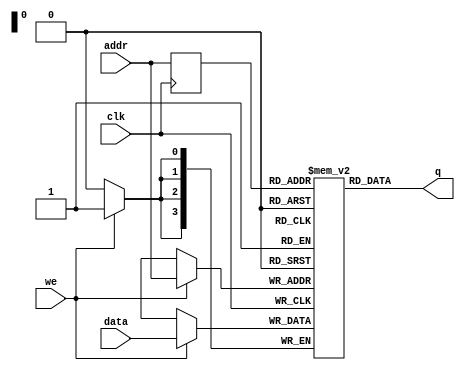
//------------------------------------------------------------------
// Arquivo   : sync_ram_16x4_file.v
// Projeto   : Experiencia 7 - Projeto do Jogo do Desafio da Memria
 
//------------------------------------------------------------------
// Descricao : RAM sincrona 16x4
//
//   - conteudo inicial armazenado em arquivo .txt
//   - descricao baseada em template 'single_port_ram_with_init.v' 
//     do Intel Quartus Prime
//             
//------------------------------------------------------------------
// Revisoes  :
//     Data        Versao  Autor             Descricao
//     02/02/2024  1.0     Edson Midorikawa  versao inicial
//------------------------------------------------------------------
//

// module sync_ram_16x4_file #(
//     parameter BINFILE = "ram_init.txt"
// )
// (
//     input        clk,
//     input        we,
//     input  [3:0] data,
//     input  [3:0] addr,
//     output [3:0] q
// );

//     // Variavel RAM (armazena dados)
//     reg [3:0] ram[15:0];

//     // Registra endereco de acesso
//     reg [3:0] addr_reg;

//     // Especifica conteudo inicial da RAM
//     // a partir da leitura de arquivo usando $readmemb
//     initial 
//     begin : INICIA_RAM
//         // leitura do conteudo a partir de um arquivo
//         $readmemb(BINFILE, ram);
//     end 

//     always @ (posedge clk)
//     begin
//         // Escrita da memoria
//         if (we)
//             ram[addr] <= data;

//         addr_reg <= addr;
//     end

//     // Atribuicao continua retorna dado
//     assign q = ram[addr_reg];

// endmodule








module sync_ram_16x4_file(
    input        clk,
    input        we,
    input  [3:0] data,
    input  [3:0] addr,
    output [3:0] q
);

    // Variavel RAM (armazena dados)
    reg [3:0] ram[15:0];

    // Registra endereco de acesso
    reg [3:0] addr_reg;

    // Especifica conteudo inicial da RAM
    // a partir da leitura de arquivo usando $readmemb
    initial 
    begin : INICIA_RAM
        ram[4'b0] = 4'b0001;
        ram[4'd1] = 4'b0000;
        ram[4'd2] = 4'b0000;
        ram[4'd3] = 4'b0000;
        ram[4'd4] = 4'b0000;
        ram[4'd5] = 4'b0000;
        ram[4'd6] = 4'b0000;
        ram[4'd7] = 4'b0000;
        ram[4'd8] = 4'b0000;
        ram[4'd9] = 4'b0000;
        ram[4'd10] = 4'b0000;
        ram[4'd11] = 4'b0000;
        ram[4'd12] = 4'b0000;
        ram[4'd13] = 4'b0000;
        ram[4'd14] = 4'b0000;
        ram[4'd15] = 4'b0000;
    end 

    always @ (posedge clk)
    begin
        // Escrita da memoria
        if (we)
            ram[addr] <= data;

        addr_reg <= addr;
    end

    // Atribuicao continua retorna dado
    assign q = ram[addr_reg];

endmodule